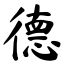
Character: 德